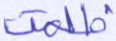
ظلمت